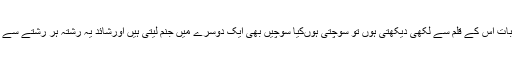
میرے دل کی بات اس کے قلم سے لکھی دیکھتی ہوں تو سوچتی ہوںکیا سوچیں بھی ایک دوسرے میں جنم لیتی ہیں اورشائد یہ رشتہ ہر رشتے سے گہرا ہو تا ہے۔